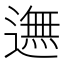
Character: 𨖴